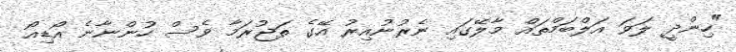
"ހިންދީ ލަވަ އަލްބަމްތައް މާލޭގައި ނެރުނުއިރު އޭގެ ތަޖުރަމާ ވެސް ހުންނާނެ އޯޑިއޯ